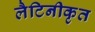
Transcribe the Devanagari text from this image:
लैटिनीकृत